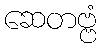
ဆေတဗ္ဗံ